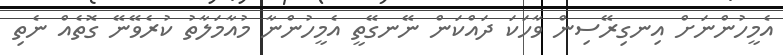
އެމީހުންނަށް އިނގިރޭސިން ވާހަކަ ދައްކަން ނޭނގޭތީ އެމީހުންނާ މުއާމަލާތު ކުރެވޭނޭ ގޮތެއް ނެތި